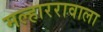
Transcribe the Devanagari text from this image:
मल्हाररावाला